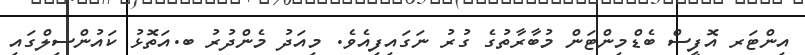
އިންޓަރ އޮފީސް ބެޑްމިންޓަން މުބާރާތުގެ ގުރު ނަގައިފިއެވެ. މިއަދު މެންދުރު ބ.އަތޮޅު ކައުންސިލްގައި